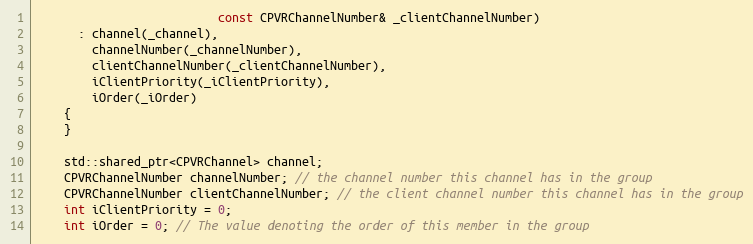
Language: C
                          const CPVRChannelNumber& _clientChannelNumber)
      : channel(_channel),
        channelNumber(_channelNumber),
        clientChannelNumber(_clientChannelNumber),
        iClientPriority(_iClientPriority),
        iOrder(_iOrder)
    {
    }

    std::shared_ptr<CPVRChannel> channel;
    CPVRChannelNumber channelNumber; // the channel number this channel has in the group
    CPVRChannelNumber clientChannelNumber; // the client channel number this channel has in the group
    int iClientPriority = 0;
    int iOrder = 0; // The value denoting the order of this member in the group